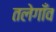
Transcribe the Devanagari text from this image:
तलेगाँव